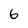
Character: 6